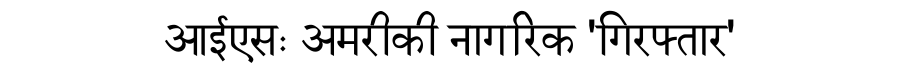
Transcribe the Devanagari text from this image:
आईएसः अमरीकी नागरिक 'गिरफ्तार'